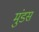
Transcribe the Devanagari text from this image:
मुंडस